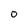
Character: 0